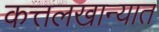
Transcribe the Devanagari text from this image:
कत्तलखान्यात